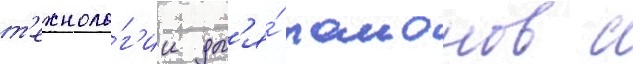
т'ехноло́г'ии дл'я́ раионов с